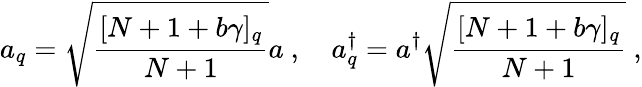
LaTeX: a_{q}=\sqrt{\frac{[N+1+b\gamma]_{q}}{N+1}}a~,~~~~a_{q}^{\dagger}=a^{\dagger}\sqrt{\frac{[N+1+b\gamma]_{q}}{N+1}}~,